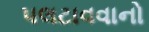
પલટાવવાનો